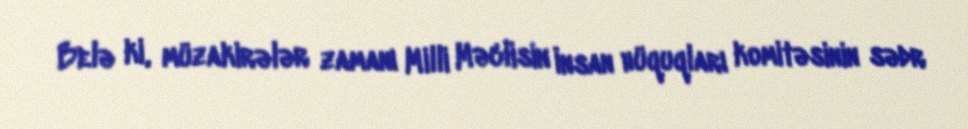
Belə ki, müzakirələr zamanı Milli Məclisin İnsan hüquqları komitəsinin sədr